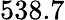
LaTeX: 538.7